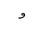
Letter: _waw